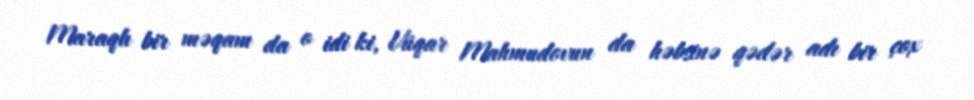
Maraqlı bir məqam da o idi ki, Vüqar Mahmudovun da həbsinə qədər adı bir çox